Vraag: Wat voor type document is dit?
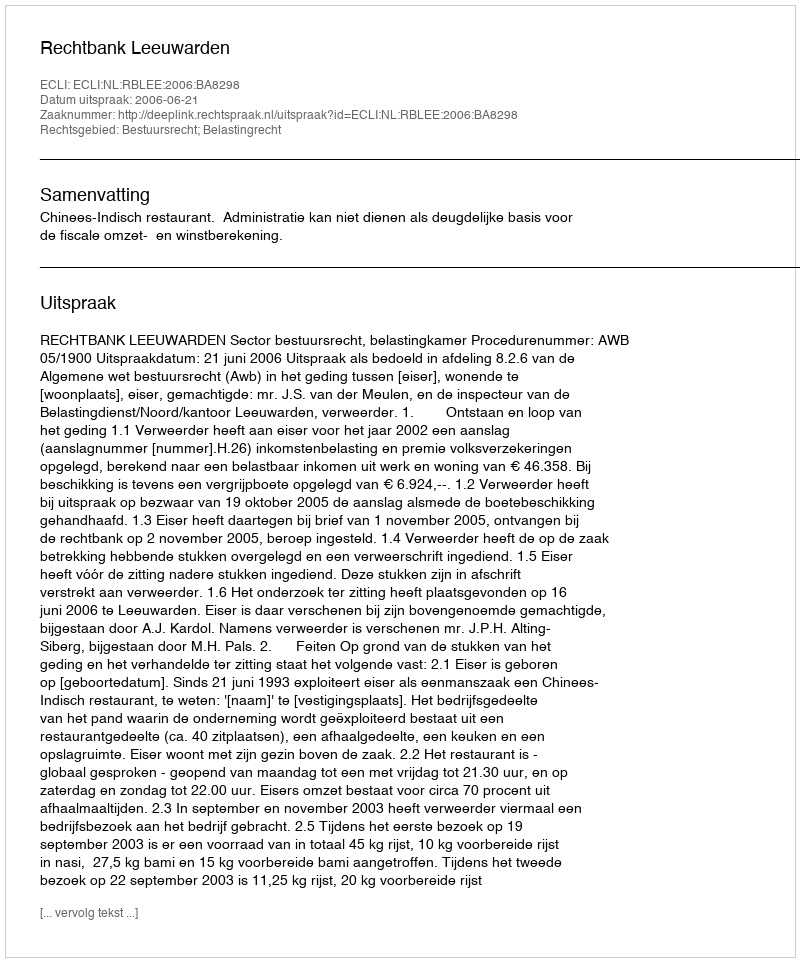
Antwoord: Uitspraak